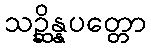
သဉ္ဆိန္နပတ္တော